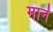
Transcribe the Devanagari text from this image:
मार्नं